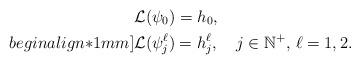
LaTeX: \begin{align*}&{\mathcal L}(\psi_0)=h_0,\\begin{align*}1mm]&{\mathcal L}(\psi_j^\ell)=h_j^\ell,~~~j\in \mathbb{N}^+,\, \ell=1,2.\end{align*}